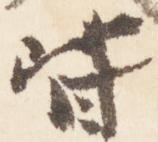
皆